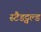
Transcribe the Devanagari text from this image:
स्टैडट्वल्ड